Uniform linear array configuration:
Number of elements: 4
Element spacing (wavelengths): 0.75
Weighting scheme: kaiser
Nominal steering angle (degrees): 0
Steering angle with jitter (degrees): -0.2703
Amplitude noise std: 0.05
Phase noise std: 0.05

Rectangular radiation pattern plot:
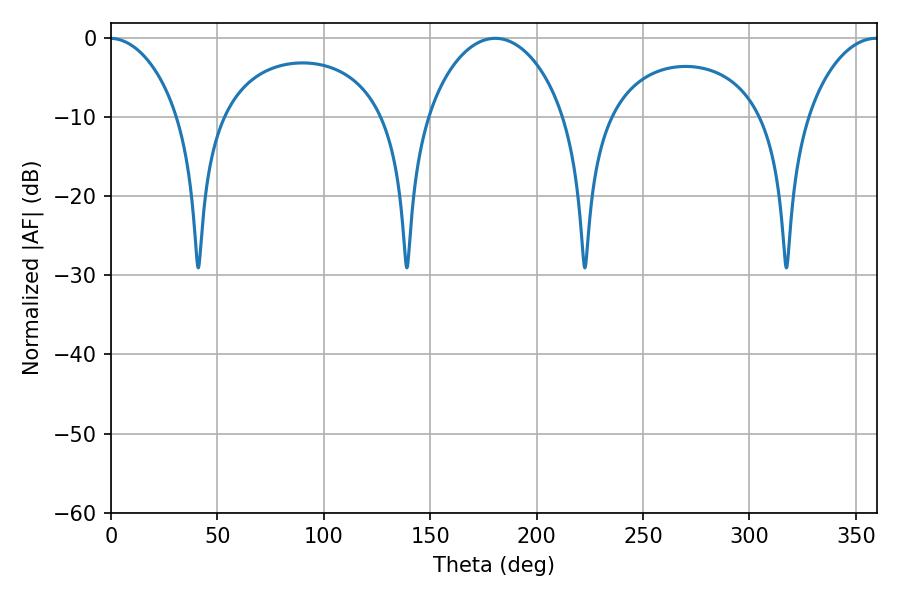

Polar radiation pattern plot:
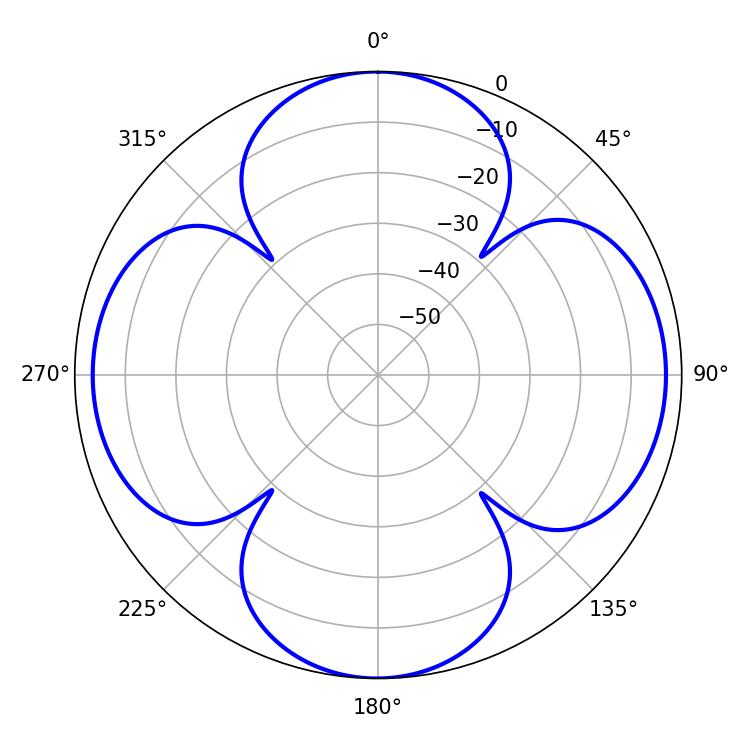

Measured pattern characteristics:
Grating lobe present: TRUE
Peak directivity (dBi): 16.887
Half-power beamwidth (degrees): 36.9
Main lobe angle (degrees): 180.54